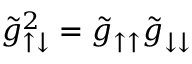
\tilde { g } _ { \uparrow \downarrow } ^ { 2 } = \tilde { g } _ { \uparrow \uparrow } \tilde { g } _ { \downarrow \downarrow }